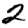
Digit: 2